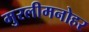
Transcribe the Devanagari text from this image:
मुरलीमनोहर